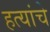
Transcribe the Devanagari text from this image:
हत्यांचे